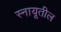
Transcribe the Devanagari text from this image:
स्नायूतील